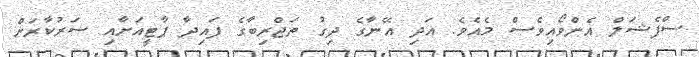
ސްޕެޝަލް އެންވޯއިވެސް މެއެވެ. އަދި އޭނާގެ ދިގު ތަޖްރިބާގެ ފައިދާ ޕާޓީއަށާއި ސަރުކާރަށް